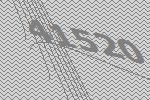
41520